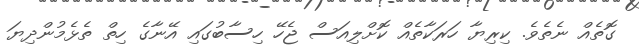
ގޮތެއް ނެތެވެ. ކިރިޔާ ހަރަކާތެއް ކޮށްލިއަސް ޖެހޭ ހިސާބުގައި އޭނާގެ ހިތް ތެޅެމުންދިޔަ